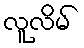
လူလိမ်